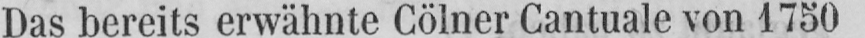
Das bereits erwähnte Cölner Cantuale von 1750